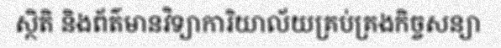
ស្ថិតិ និងព័ត៌មានវិទ្យាការិយាល័យគ្រប់គ្រងកិច្ចសន្យា